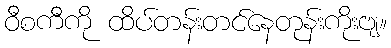
ဝီစကီကို ထိပ်တန်းတင်နေတုန်းကိုးဗျ။